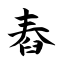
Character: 舂